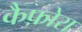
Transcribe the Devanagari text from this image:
कैफ़ोरा